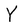
Character: Y